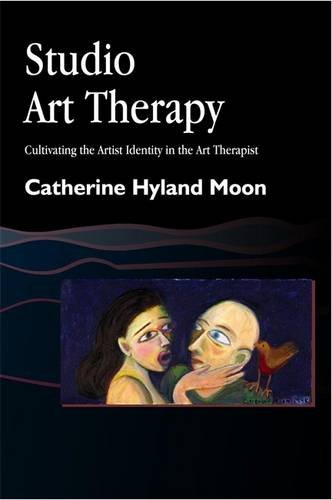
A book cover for Studio Art Therapy: Cultivating the Artist Identity in the Art Therapist (Arts Therapies); Catherine Hyland Moon; Medical Books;